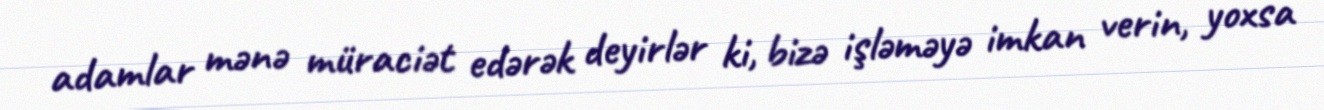
adamlar mənə müraciət edərək deyirlər ki, bizə işləməyə imkan verin, yoxsa